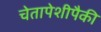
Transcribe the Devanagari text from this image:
चेतापेशीपैकी